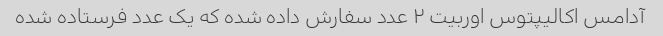
آدامس اکالیپتوس اوربیت ۲ عدد سفارش داده شده که یک عدد فرستاده شده